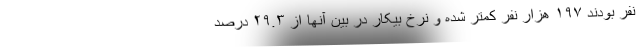
نفر بودند ۱۹۷ هزار نفر کمتر شده و نرخ بیکار در بین آنها از ۲۹.۳ درصد